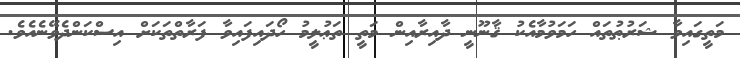
މަތީގައިވާ ޝަރުޠުތައް ހަމަވުމާއެކު ޤާނޫނީ ދާއިރާއިން މަތީ ތަޢުލީމު ހޯދައިފައިވާ ފަރާތްތަކަށް އިސްކަންދެވޭނެއެވެ.